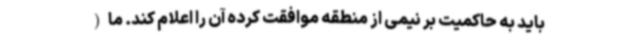
باید به حاکمیت بر نیمی از منطقه موافقت کرده آن را اعلام کند. ما (